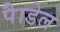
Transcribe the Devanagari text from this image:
पैाडेल